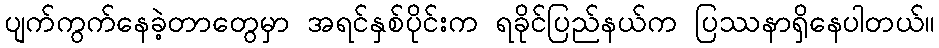
ပျက်ကွက်နေခဲ့တာတွေမှာ အရင်နှစ်ပိုင်းက ရခိုင်ပြည်နယ်က ပြဿနာရှိနေပါတယ်။